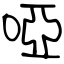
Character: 啞